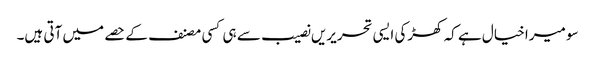
سو میرا خیال ہے کہ کھڑکی ایسی تحریریں نصیب سے ہی کسی مصنف کے حصے میں آتی ہیں۔